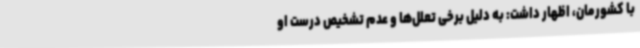
با کشورمان‌، اظهار داشت: به دلیل برخی تعلل‌ها و عدم تشخیص درست او